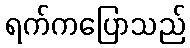
ရက်ကပြောသည်